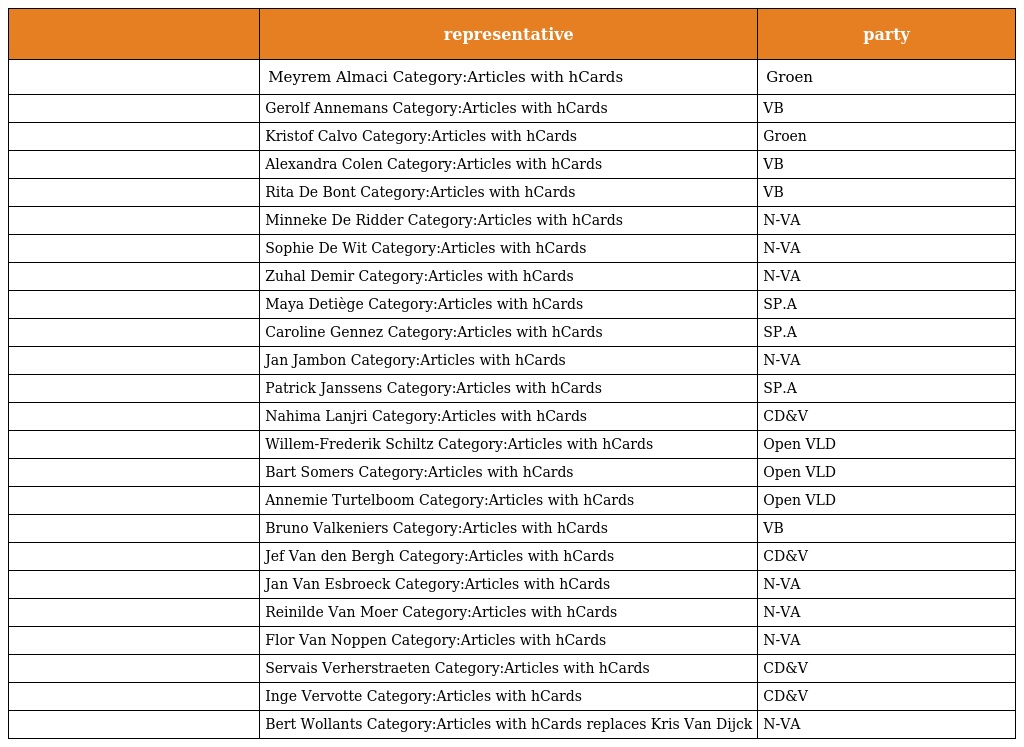
|  | representative | party |
 | --- | --- | --- |
 |  | Meyrem Almaci Category:Articles with hCards | Groen |
 |  | Gerolf Annemans Category:Articles with hCards | VB |
 |  | Kristof Calvo Category:Articles with hCards | Groen |
 |  | Alexandra Colen Category:Articles with hCards | VB |
 |  | Rita De Bont Category:Articles with hCards | VB |
 |  | Minneke De Ridder Category:Articles with hCards | N-VA |
 |  | Sophie De Wit Category:Articles with hCards | N-VA |
 |  | Zuhal Demir Category:Articles with hCards | N-VA |
 |  | Maya Detiège Category:Articles with hCards | SP.A |
 |  | Caroline Gennez Category:Articles with hCards | SP.A |
 |  | Jan Jambon Category:Articles with hCards | N-VA |
 |  | Patrick Janssens Category:Articles with hCards | SP.A |
 |  | Nahima Lanjri Category:Articles with hCards | CD&V |
 |  | Willem-Frederik Schiltz Category:Articles with hCards | Open VLD |
 |  | Bart Somers Category:Articles with hCards | Open VLD |
 |  | Annemie Turtelboom Category:Articles with hCards | Open VLD |
 |  | Bruno Valkeniers Category:Articles with hCards | VB |
 |  | Jef Van den Bergh Category:Articles with hCards | CD&V |
 |  | Jan Van Esbroeck Category:Articles with hCards | N-VA |
 |  | Reinilde Van Moer Category:Articles with hCards | N-VA |
 |  | Flor Van Noppen Category:Articles with hCards | N-VA |
 |  | Servais Verherstraeten Category:Articles with hCards | CD&V |
 |  | Inge Vervotte Category:Articles with hCards | CD&V |
 |  | Bert Wollants Category:Articles with hCards replaces Kris Van Dijck | N-VA |